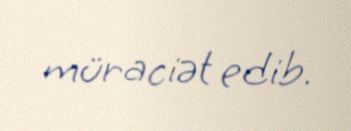
müraciət edib.